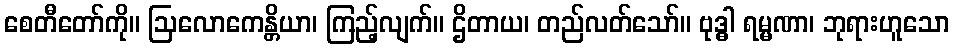
စေတီတော်ကို။ ဩလောကေန္တိယာ၊ ကြည့်လျက်။ ဌိတာယ၊ တည်လတ်သော်။ ဗုဒ္ဓါ ရမ္မဏာ၊ ဘုရားဟူသော